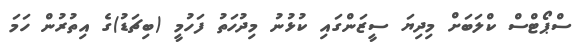
ސްޕޯޓްސް ކްލަބަށް މިދިޔަ ސީޒަންގައި ކުޅުނު މިދުހަތު ފަހުމީ (ބިޗަޑު)ގެ އިތުރުން ހަމަ